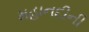
મહાનદીની